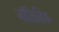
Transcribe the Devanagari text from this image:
मॉलिब्डिक